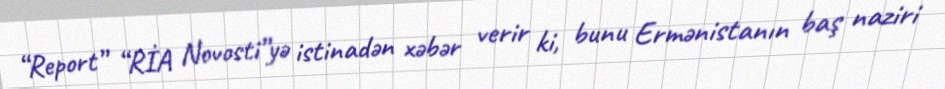
“Report” “RİA Novosti”yə istinadən xəbər verir ki, bunu Ermənistanın baş naziri